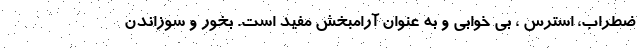
ضطراب، استرس ، بی خوابی و به عنوان آرامبخش مفید است. بخور و سوزاندن